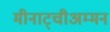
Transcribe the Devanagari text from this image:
मीनाट्चीअम्मन